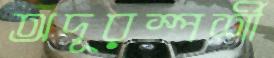
অদূরস্পর্শী